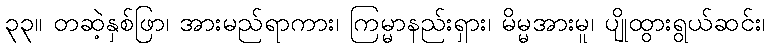
၃၃။ တဆဲ့နှစ်ဖြာ၊ အားမည်ရာကား၊ ကြမ္မာနည်းရှား၊ မိမ္မအားမူ၊ ပျိုထွားရွယ်ဆင်း၊